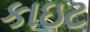
કાઇટ